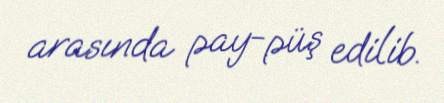
arasında pay-püş edilib.